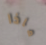
ماذا